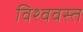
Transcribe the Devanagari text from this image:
विश्ववस्त